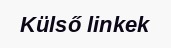
Külső linkek